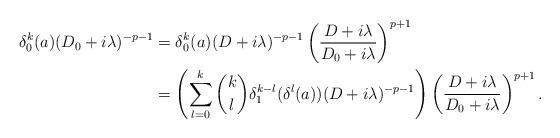
LaTeX: \begin{align*} \delta_0^k(a)(D_0+i\lambda)^{-p-1} &= \delta_0^k(a)(D+i\lambda)^{-p-1}\left(\frac{D+i\lambda}{D_0+i\lambda}\right)^{p+1}\\ &= \left(\sum_{l=0}^k \binom{k}{l} \delta_1^{k-l}(\delta^l(a))(D+i\lambda)^{-p-1}\right)\left(\frac{D+i\lambda}{D_0+i\lambda}\right)^{p+1}. \end{align*}